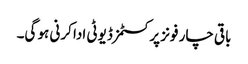
باقی چار فونز پر کسٹمز ڈیوٹی ادا کرنی ہو گی۔